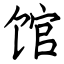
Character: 馆